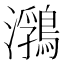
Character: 𪃽